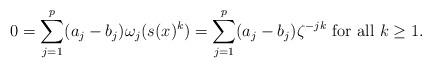
LaTeX: \begin{align*}0=\sum_{j=1}^{p}(a_j-b_j)\omega_j(s(x)^k)=\sum_{j=1}^{p}(a_j-b_j)\zeta^{-jk}\mbox{ for all } k\geq 1.\end{align*}